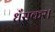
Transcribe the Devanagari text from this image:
धँसकर।